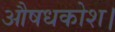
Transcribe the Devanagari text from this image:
औषधकोश।